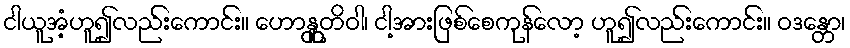
ငါယူအံ့ဟူ၍လည်းကောင်း။ ဟောန္တူတိဝါ၊ ငါ့အားဖြစ်စေကုန်လော့ ဟူ၍လည်းကောင်း။ ဝဒန္တော၊